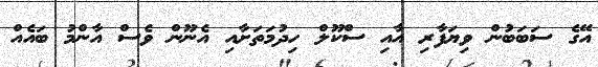
އޭގެ ސަބަބުން ވިޔަފާރި އާއި ސްކޫލް ހިދުމަތަށާއި އެނޫން ވެސް އާންމު ބައެއް